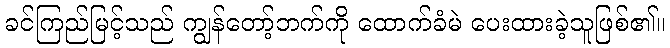
ခင်ကြည်မြင့်သည် ကျွန်တော့်ဘက်ကို ထောက်ခံမဲ ပေးထားခဲ့သူဖြစ်၏။